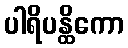
ပါရိပန္ထိကော